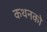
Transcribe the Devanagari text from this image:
कथनको